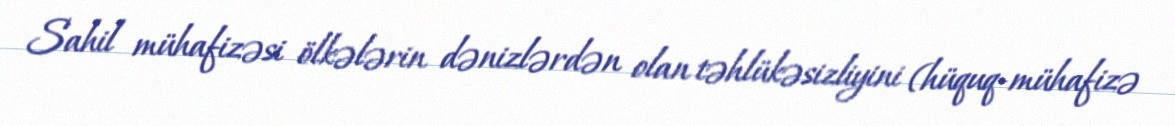
Sahil mühafizəsi ölkələrin dənizlərdən olan təhlükəsizliyini (hüquq-mühafizə